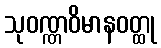
သုဝဏ္ဏဝိမာနဝတ္ထု